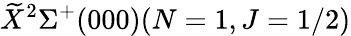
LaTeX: \widetilde{X}^{2}\Sigma^{+}(000)(N=1,J=1/2)